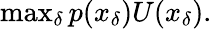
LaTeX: \begin{array}{r}{\operatorname*{max}_{\delta}p(x_{\delta})U(x_{\delta}).}\end{array}